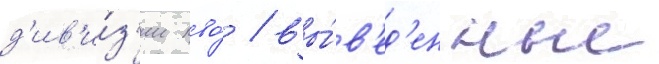
д'ив'и́з'ии пво́ / вы́в'ед'енные